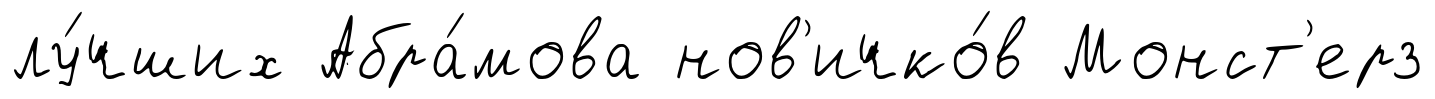
лу́чших Абра́мова нов'ичко́в Монст'ерз